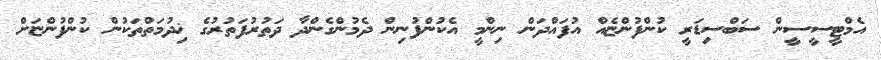
އެމްޓީސީސީން ސަބްސިޑަރީ ކުންފުންޏެއް އުފައްދަން ނިންމީ އެކުންފުނިން ދެމުންގެންދާ ދަތުރުފަތުރުގެ ޚިދުމަތްތަކުން ކުންފުންޏަށް